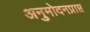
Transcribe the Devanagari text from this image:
अनुमोदनप्राप्त